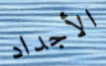
الأجداد